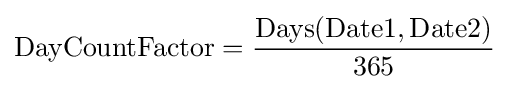
\mathrm {DayCountFactor} ={\frac {\mathrm {Days} (\mathrm {Date1} ,\mathrm {Date2} )}{365}}